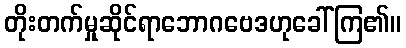
တိုးတက်မှုဆိုင်ရာဘောဂဗေဒဟုခေါ်ကြ၏။